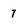
Character: 7